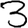
Digit: 3